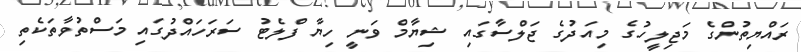
ރައްޔިތުންގެ މަޖިލީހުގެ މިއަދުގެ ޖަލްސާގައި ޝިޔާމް ވަނީ ހިޔާ ފްލެޓު ސަރަހައްދުގައި މަސްތުވާތަކެތި